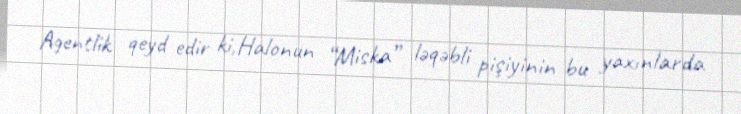
Agentlik qeyd edir ki,Halonun “Miska” ləqəbli pişiyinin bu yaxınlarda